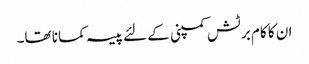
ان کا کام برٹش کمپنی کے لئے پیسہ کمانا تھا۔